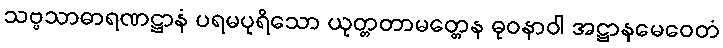
သဗ္ဗသာဓာရဏဋ္ဌာနံ ပရမပုရိသော ယုတ္တတာမတ္တေန ဓုဝနာဝါ အဋ္ဌာနမေဝေတံ